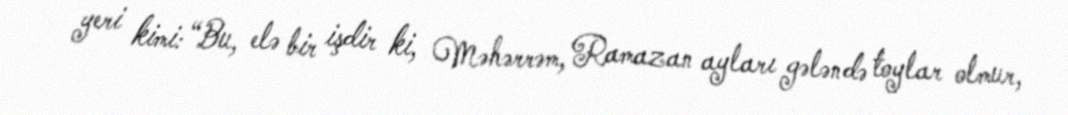
yeri kimi: “Bu, elə bir işdir ki, Məhərrəm, Ramazan ayları gələndə toylar olmur,